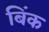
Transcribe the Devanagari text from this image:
बिंक